Annual administration report of the Civil Veterinary Department, Sind - 1942-1943
Year: 1942
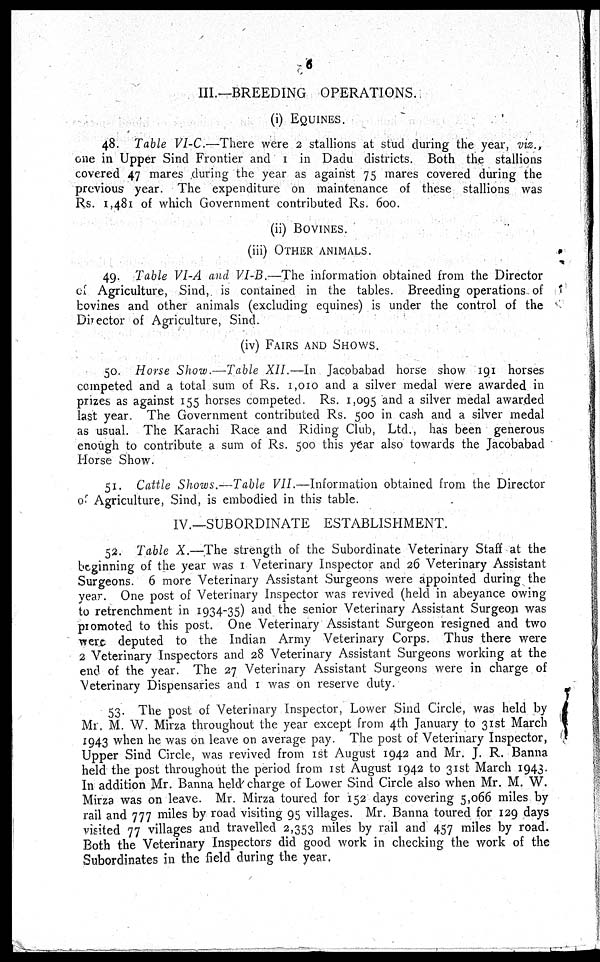
6
III.—BREEDING OPERATIONS.
(i) EQUINES.
48. Table VI-C.—There were 2 stallions at stud during the year, viz.,
one in Upper Sind Frontier and 1 in Dadu districts. Both the stallions
covered 47 mares during the year as against 75 mares covered during the
previous year. The expenditure on maintenance of these stallions was
Rs. 1,481 of which Government contributed Rs. 600.
(ii) BOVINES.
(iii) OTHER ANIMALS.
49. Table VI-A and VI-B.—The information obtained from the Director
of Agriculture, Sind, is contained in the tables. Breeding operations of
bovines and other animals (excluding equines) is under the control of the
Director of Agriculture, Sind.
(iv) FAIRS AND SHOWS.
50. Horse Show.—Table XII.—In Jacobabad horse show 191 horses
competed and a total sum of Rs. 1,010 and a silver medal were awarded in
prizes as against 155 horses competed. Rs. 1,095 and a silver medal awarded
last year. The Government contributed Rs. 500 in cash and a silver medal
as usual. The Karachi Race and Riding Club, Ltd., has been generous
enough to contribute a sum of Rs. 500 this year also towards the Jacobabad
Horse Show.
51. Cattle Shows.—Table VII.—Information obtained from the Director
of Agriculture, Sind, is embodied in this table.
IV.—SUBORDINATE ESTABLISHMENT.
52. Table X.—The strength of the Subordinate Veterinary Staff at the
beginning of the year was 1 Veterinary Inspector and 26 Veterinary Assistant
Surgeons. 6 more Veterinary Assistant Surgeons were appointed during the
year. One post of Veterinary Inspector was revived (held in abeyance owing
to retrenchment in 1934-35) and the senior Veterinary Assistant Surgeon was
promoted to this post. One Veterinary Assistant Surgeon resigned and two
were, deputed to the Indian Army Veterinary Corps. Thus there were
2 Veterinary Inspectors and 28 Veterinary Assistant Surgeons working at the
end of the year. The 27 Veterinary Assistant Surgeons were in charge of
Veterinary Dispensaries and 1 was on reserve duty.
53. The post of Veterinary Inspector, Lower Sind Circle, was held by
Mr. M. W. Mirza throughout the year except from 4th January to 31st March
1943 when he was on leave on average pay. The post of Veterinary Inspector,
Upper Sind Circle, was revived from 1st August 1942 and Mr. J. R. Banna
held the post throughout the period from 1st August 1942 to 31st March 1943.
In addition Mr. Banna held charge of Lower Sind Circle also when Mr. M. W.
Mirza was on leave. Mr. Mirza toured for 152 days covering 5,066 miles by
rail and 777 miles by road visiting 95 villages. Mr. Banna toured for 129 days
visited 77 villages and travelled 2,353 miles by rail and 457 miles by road.
Both the Veterinary Inspectors did good work in checking the work of the
Subordinates in the field during the year.